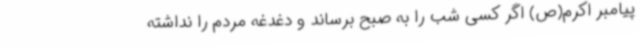
پیامبر اکرم(ص) اگر کسی شب را به صبح برساند و دغدغه مردم را نداشته